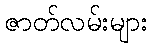
ဇာတ်လမ်းများ